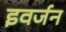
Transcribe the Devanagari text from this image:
इवर्जन